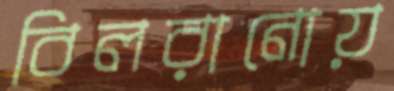
বিলরানোয়